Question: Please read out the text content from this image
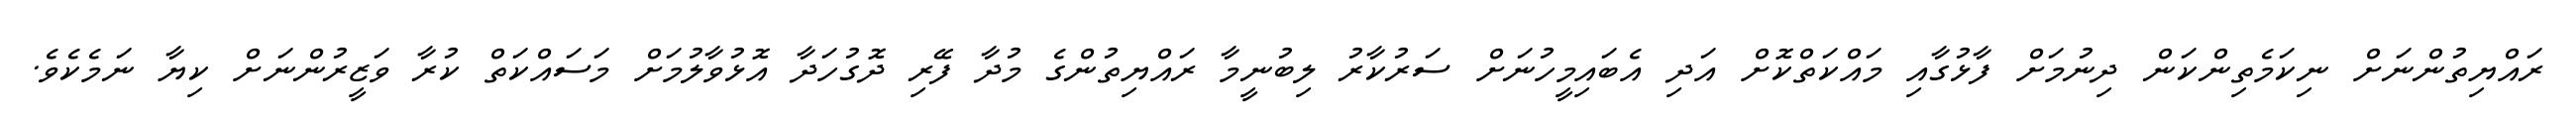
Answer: ރައްޔިތުންނަށް ނިކަމެތިންކަން ދިނުމަށް ފާޅުގާއި މައްކަތްކޮށް އަދި އެބައިމީހުނަށް ސަރުކާރު ލިބުނީމާ ރައްޔިތުންގެ މުދާ ފޭރި ދޮގުހަދާ އޮޅުވާލުމަށް މަސައްކަތް ކުރާ ވަޒީރުންނަށް ކިޔާ ނަމެކެވެ.